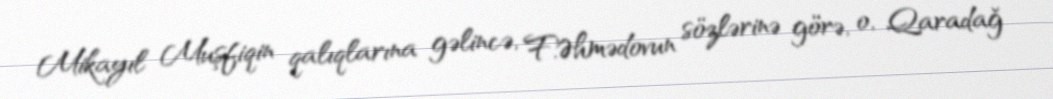
Mikayıl Muşfiqin qalıqlarına gəlincə, F.Əhmədovun sözlərinə görə, o, Qaradağ